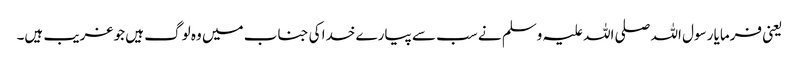
یعنی فرمایا رسول اللہ صلی اللہ علیہ وسلم نے سب سے پیارے خدا کی جناب میں وہ لوگ ہیں جو غریب ہیں۔